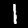
Digit: 1